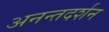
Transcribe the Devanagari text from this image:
अनन्तदर्शन